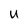
Character: U